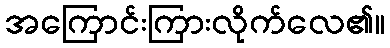
အကြောင်းကြားလိုက်လေ၏။